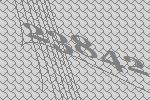
23842